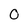
Character: 0